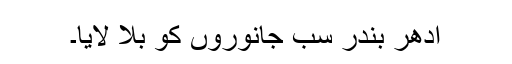
اُدھر بندر سب جانوروں کو بلا لایا۔